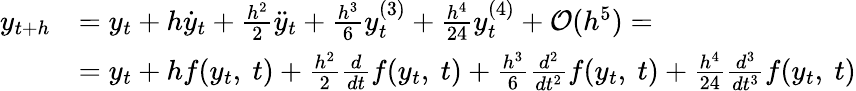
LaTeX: {\begin{array}{rl}{y_{t+h}}&{=y_{t}+h{\dot{y}}_{t}+{\frac{h^{2}}{2}}{\ddot{y}}_{t}+{\frac{h^{3}}{6}}y_{t}^{(3)}+{\frac{h^{4}}{24}}y_{t}^{(4)}+{\mathcal{O}}(h^{5})=}\\ &{=y_{t}+hf(y_{t},\ t)+{\frac{h^{2}}{2}}{\frac{d}{dt}}f(y_{t},\ t)+{\frac{h^{3}}{6}}{\frac{d^{2}}{dt^{2}}}f(y_{t},\ t)+{\frac{h^{4}}{24}}{\frac{d^{3}}{dt^{3}}}f(y_{t},\ t)}\end{array}}